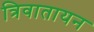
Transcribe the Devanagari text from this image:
त्रिवातायन